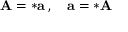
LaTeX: \mathbf { A } = * \mathbf { a } \, , \quad \mathbf { a } = * \mathbf { A }